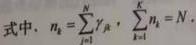
式中，$n_{k}=\sum_{j=1}^{N}\gamma_{jk}$，$\sum_{k=1}^{n}n_{k}=N$。